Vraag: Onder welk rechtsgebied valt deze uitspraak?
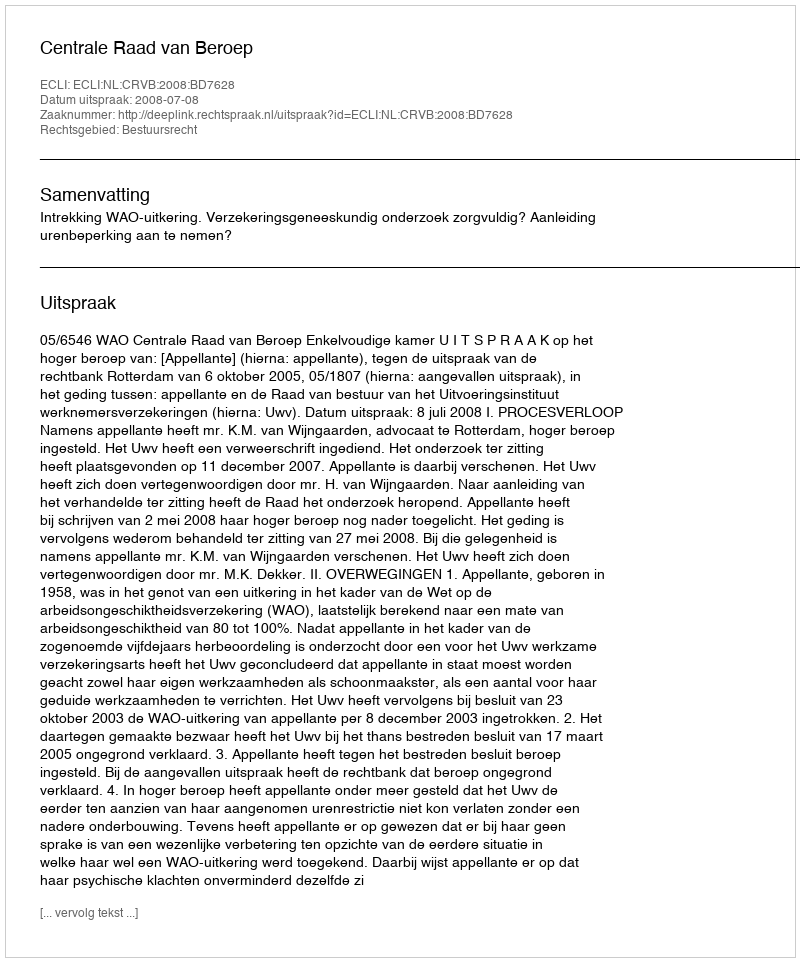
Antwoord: Bestuursrecht